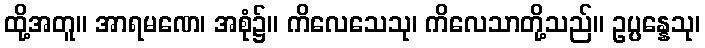
ထို့အတူ။ အာရမဏေ၊ အစုံ၌။ ကိလေသေသု၊ ကိလေသာတို့သည်။ ဥပ္ပန္နေသု၊